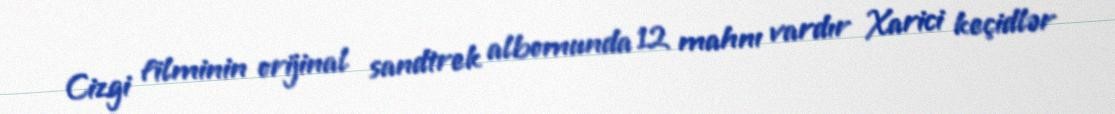
Cizgi filminin orijinal sandtrek albomunda 12 mahnı vardır Xarici keçidlər